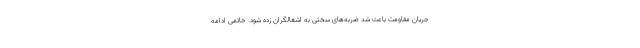
جریان مقاومت باعث شد ضربه‌های سختی به اشغالگران زده شود. خاتمی ادامه